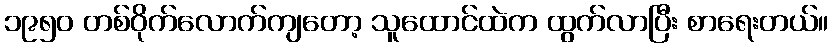
၁၉၅၀ တစ်ဝိုက်လောက်ကျတော့ သူထောင်ထဲက ထွက်လာပြီး စာရေးတယ်။